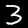
Label: 3